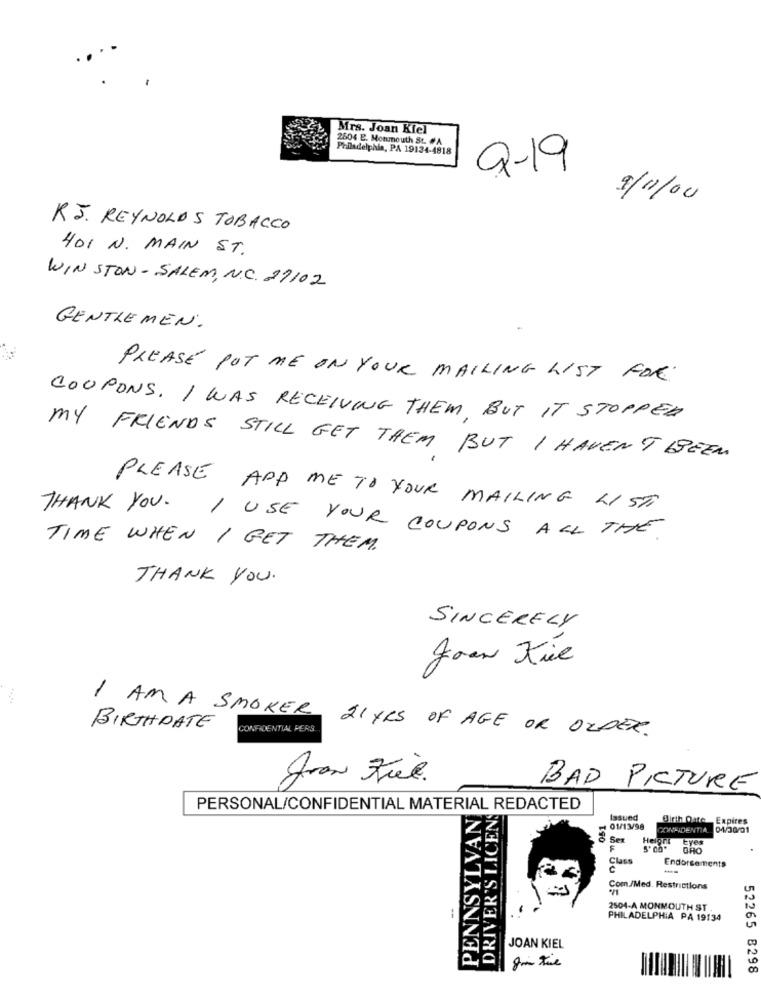
Mrs. Joan Kiel
2604 E. Monmouth St. #A
Philadelphia, PA 19134-4818
9-19
9/11/00
RJ. REYNOLDS TOBACCO
401 N. MAIN ST.
WINSTON- SALEM, N.C. 29102
GENTLEMEN.
PLEASE POT ME ON YOUR MAILING LIST FOR
COUPONS. I WAS RECEIVING THEM, BUT IT STOPPED
MY FRIENDS STILL GET THEM BUT I HAVENT BEEN
THANK YOU.
PLEASE ADD ME TO YOUR MAILING LIST
I USE YOUR COUPONS ALL THE
TIME WHEN I GET THEM.
THANK YOU.
SINCERELY
Joan Kiel
I AM A SMOKER 21 YRS OF AGE OR OLDER.
BIRTHDATE
CONFIDENTIAL PERS
BAD PICTURE
PERSONAL/CONFIDENTIAL MATERIAL REDACTED
PENNSYLVAN
DRIVER'S LICEN
051
Issued
Birth Date Expires
01/13/98
CONFIDENTIA
04/30/01
Sex
Heigni
F
5' 00*
Class
Endorse ments
---
Com/Med. Restrictions
2504-A MONMOUTH ST
-
PHILADELPHIA PA 19134
JOAN KIEL
52265 B298